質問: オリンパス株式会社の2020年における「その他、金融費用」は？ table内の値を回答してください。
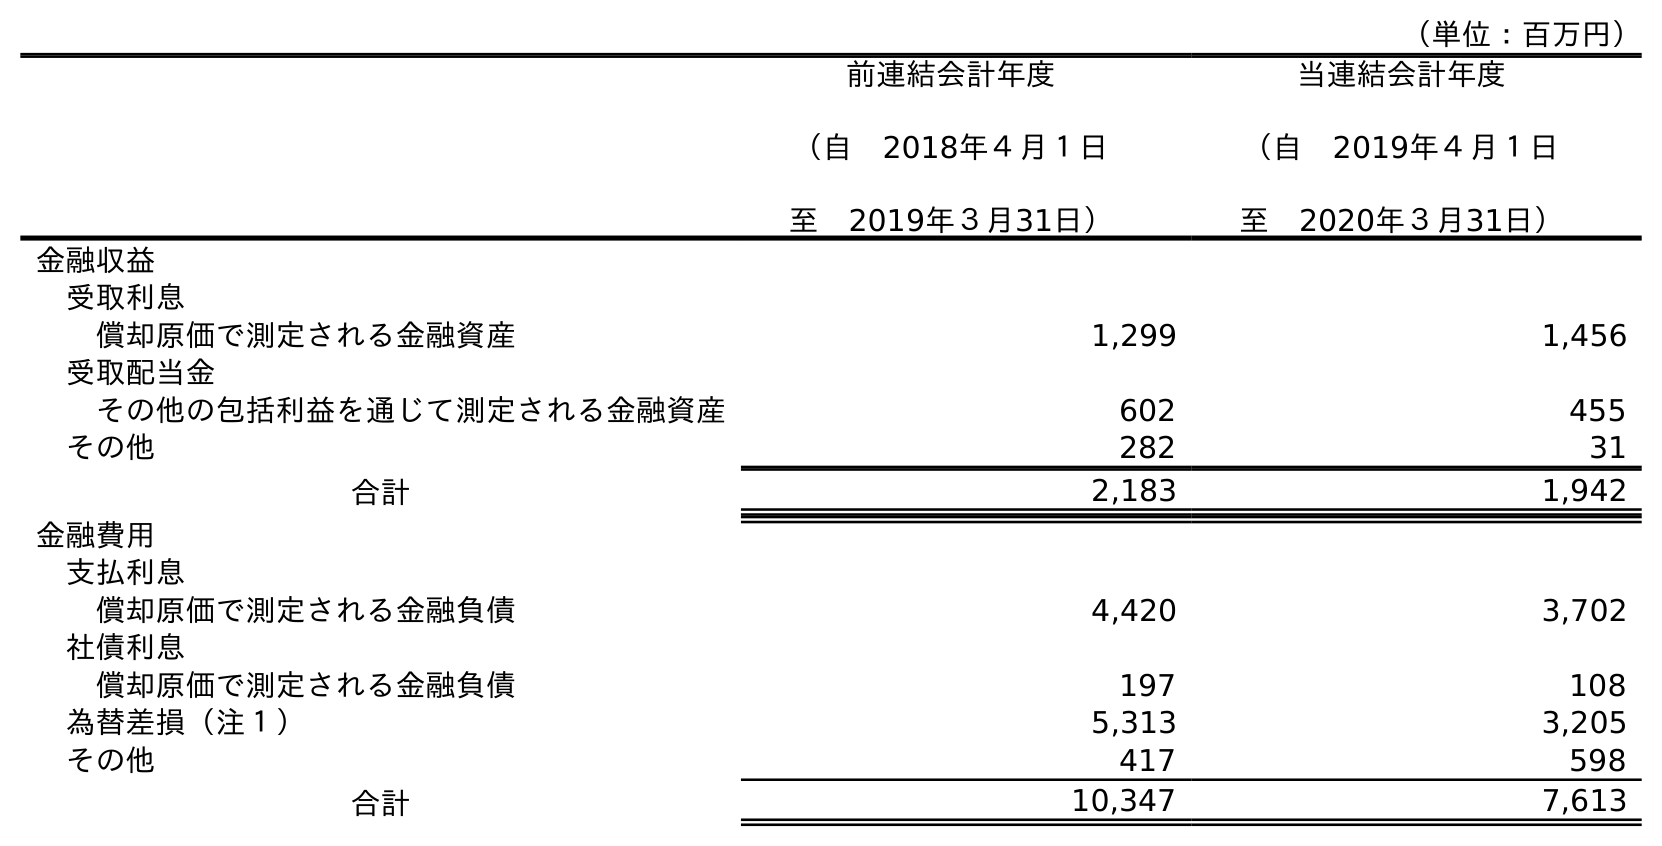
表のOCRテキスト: （単位：百万円） 前連結会計年度 （自 2018年４月１日 至 2019年３月31日） 当連結会計年度 （自 2019年４月１日 至 2020年３月31日） 金融収益 受取利息 償却原価で測定される金融資産 1,299 1,456 受取配当金 その他の包括利益を通じて測定される金融資産 602 455 その他 282 31 合計 2,183 1,942 金融費用 支払利息 償却原価で測定される金融負債 4,420 3,702 社債利息 償却原価で測定される金融負債 197 108 為替差損（注１） 5,313 3,205 その他 417 598 合計 10,347 7,613
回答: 598